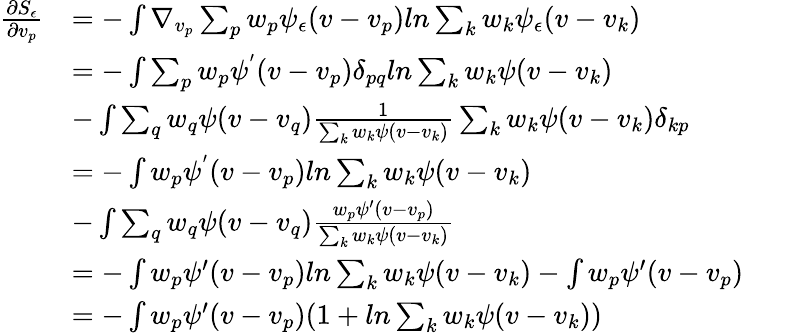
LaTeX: \begin{array}{rlrl}{\frac{\partial S_{\epsilon}}{\partial v_{p}}}&{=-\int\nabla_{v_{p}}\sum_{p}w_{p}\psi_{\epsilon}(v-v_{p})ln\sum_{k}w_{k}\psi_{\epsilon}(v-v_{k})}&&{}\\ &{=-\int\sum_{p}w_{p}\psi^{'}(v-v_{p})\delta_{pq}ln\sum_{k}w_{k}\psi(v-v_{k})}&&{}\\ &{-\int\sum_{q}w_{q}\psi(v-v_{q})\frac{1}{\sum_{k}w_{k}\psi(v-v_{k})}\sum_{k}w_{k}\psi(v-v_{k})\delta_{kp}}&&{}\\ &{=-\int w_{p}\psi^{'}(v-v_{p})ln\sum_{k}w_{k}\psi(v-v_{k})}&&{}\\ &{-\int\sum_{q}w_{q}\psi(v-v_{q})\frac{w_{p}\psi^{\prime}(v-v_{p})}{\sum_{k}w_{k}\psi(v-v_{k})}}&&{}\\ &{=-\int w_{p}\psi^{\prime}(v-v_{p})ln\sum_{k}w_{k}\psi(v-v_{k})-\int w_{p}\psi^{\prime}(v-v_{p})}&&{}\\ &{=-\int w_{p}\psi^{\prime}(v-v_{p})(1+ln\sum_{k}w_{k}\psi(v-v_{k}))}\end{array}